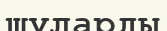
шуларды